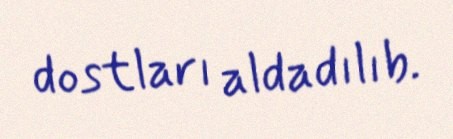
dostları aldadılıb.